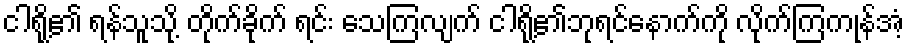
ငါရို့၏ ရန်သူသို့ တိုက်ခိုက် ရင်း သေကြလျက် ငါရို့၏ဘုရင်နောက်ကို လိုက်ကြကုန်အံ့